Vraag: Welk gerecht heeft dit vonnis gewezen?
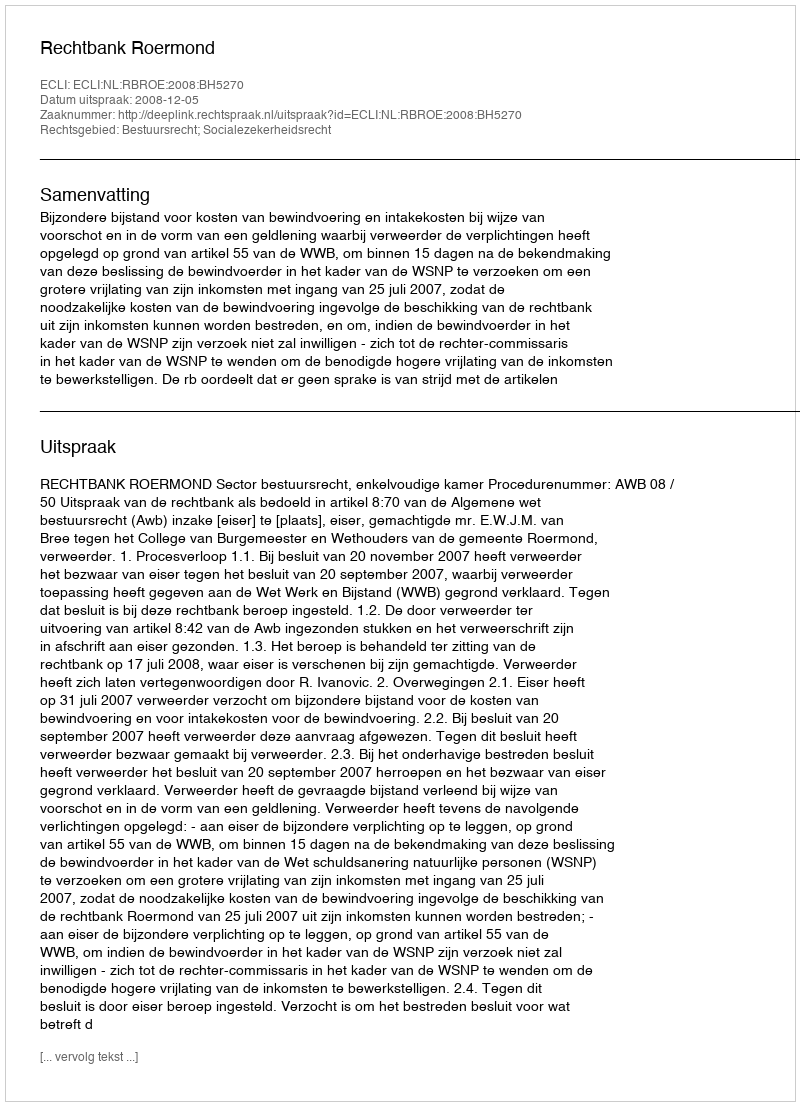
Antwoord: Rechtbank Roermond